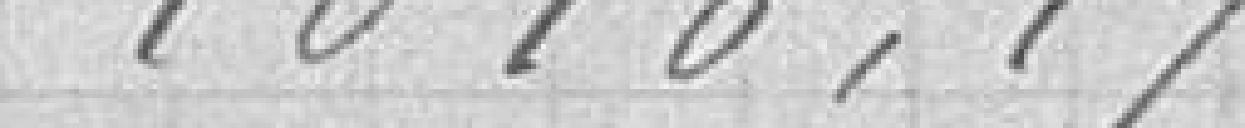
1010,17